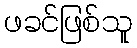
ဖခင်ဖြစ်သူ